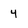
Character: 4